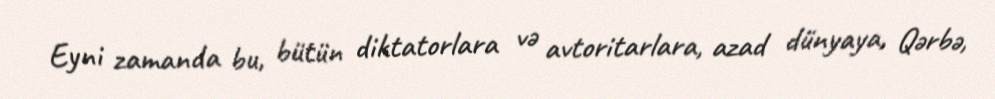
Eyni zamanda bu, bütün diktatorlara və avtoritarlara, azad dünyaya, Qərbə,